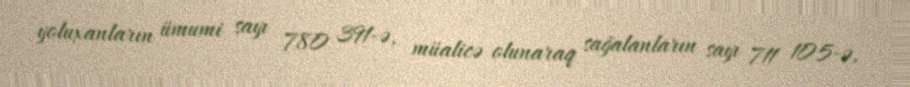
yoluxanların ümumi sayı 780 391-ə, müalicə olunaraq sağalanların sayı 711 105-ə,